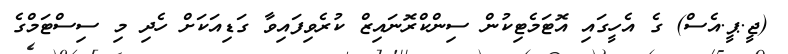
(ޖީ.ޕީ.އެސް) ގެ އެހީގައި އޮޓަމެޓިކުން ސިންކްރޮނައިޒް ކުރެވިފައިވާ ގަޑިއަކަށް ހެދި މި ސިސްޓަމްގެ